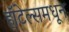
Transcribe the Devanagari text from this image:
हॉटेल्समधून